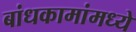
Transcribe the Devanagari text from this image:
बांधकामांमध्ये